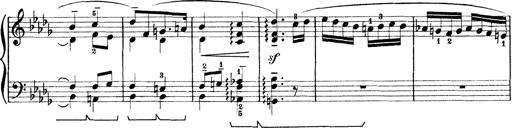
Title: Rapsodie: 19 ungheresi, 1 spagnuola
Composer: Franz Liszt